65_HS1-834228961_62-HQ-83894_Section_6
Agency: FBI
Page 248
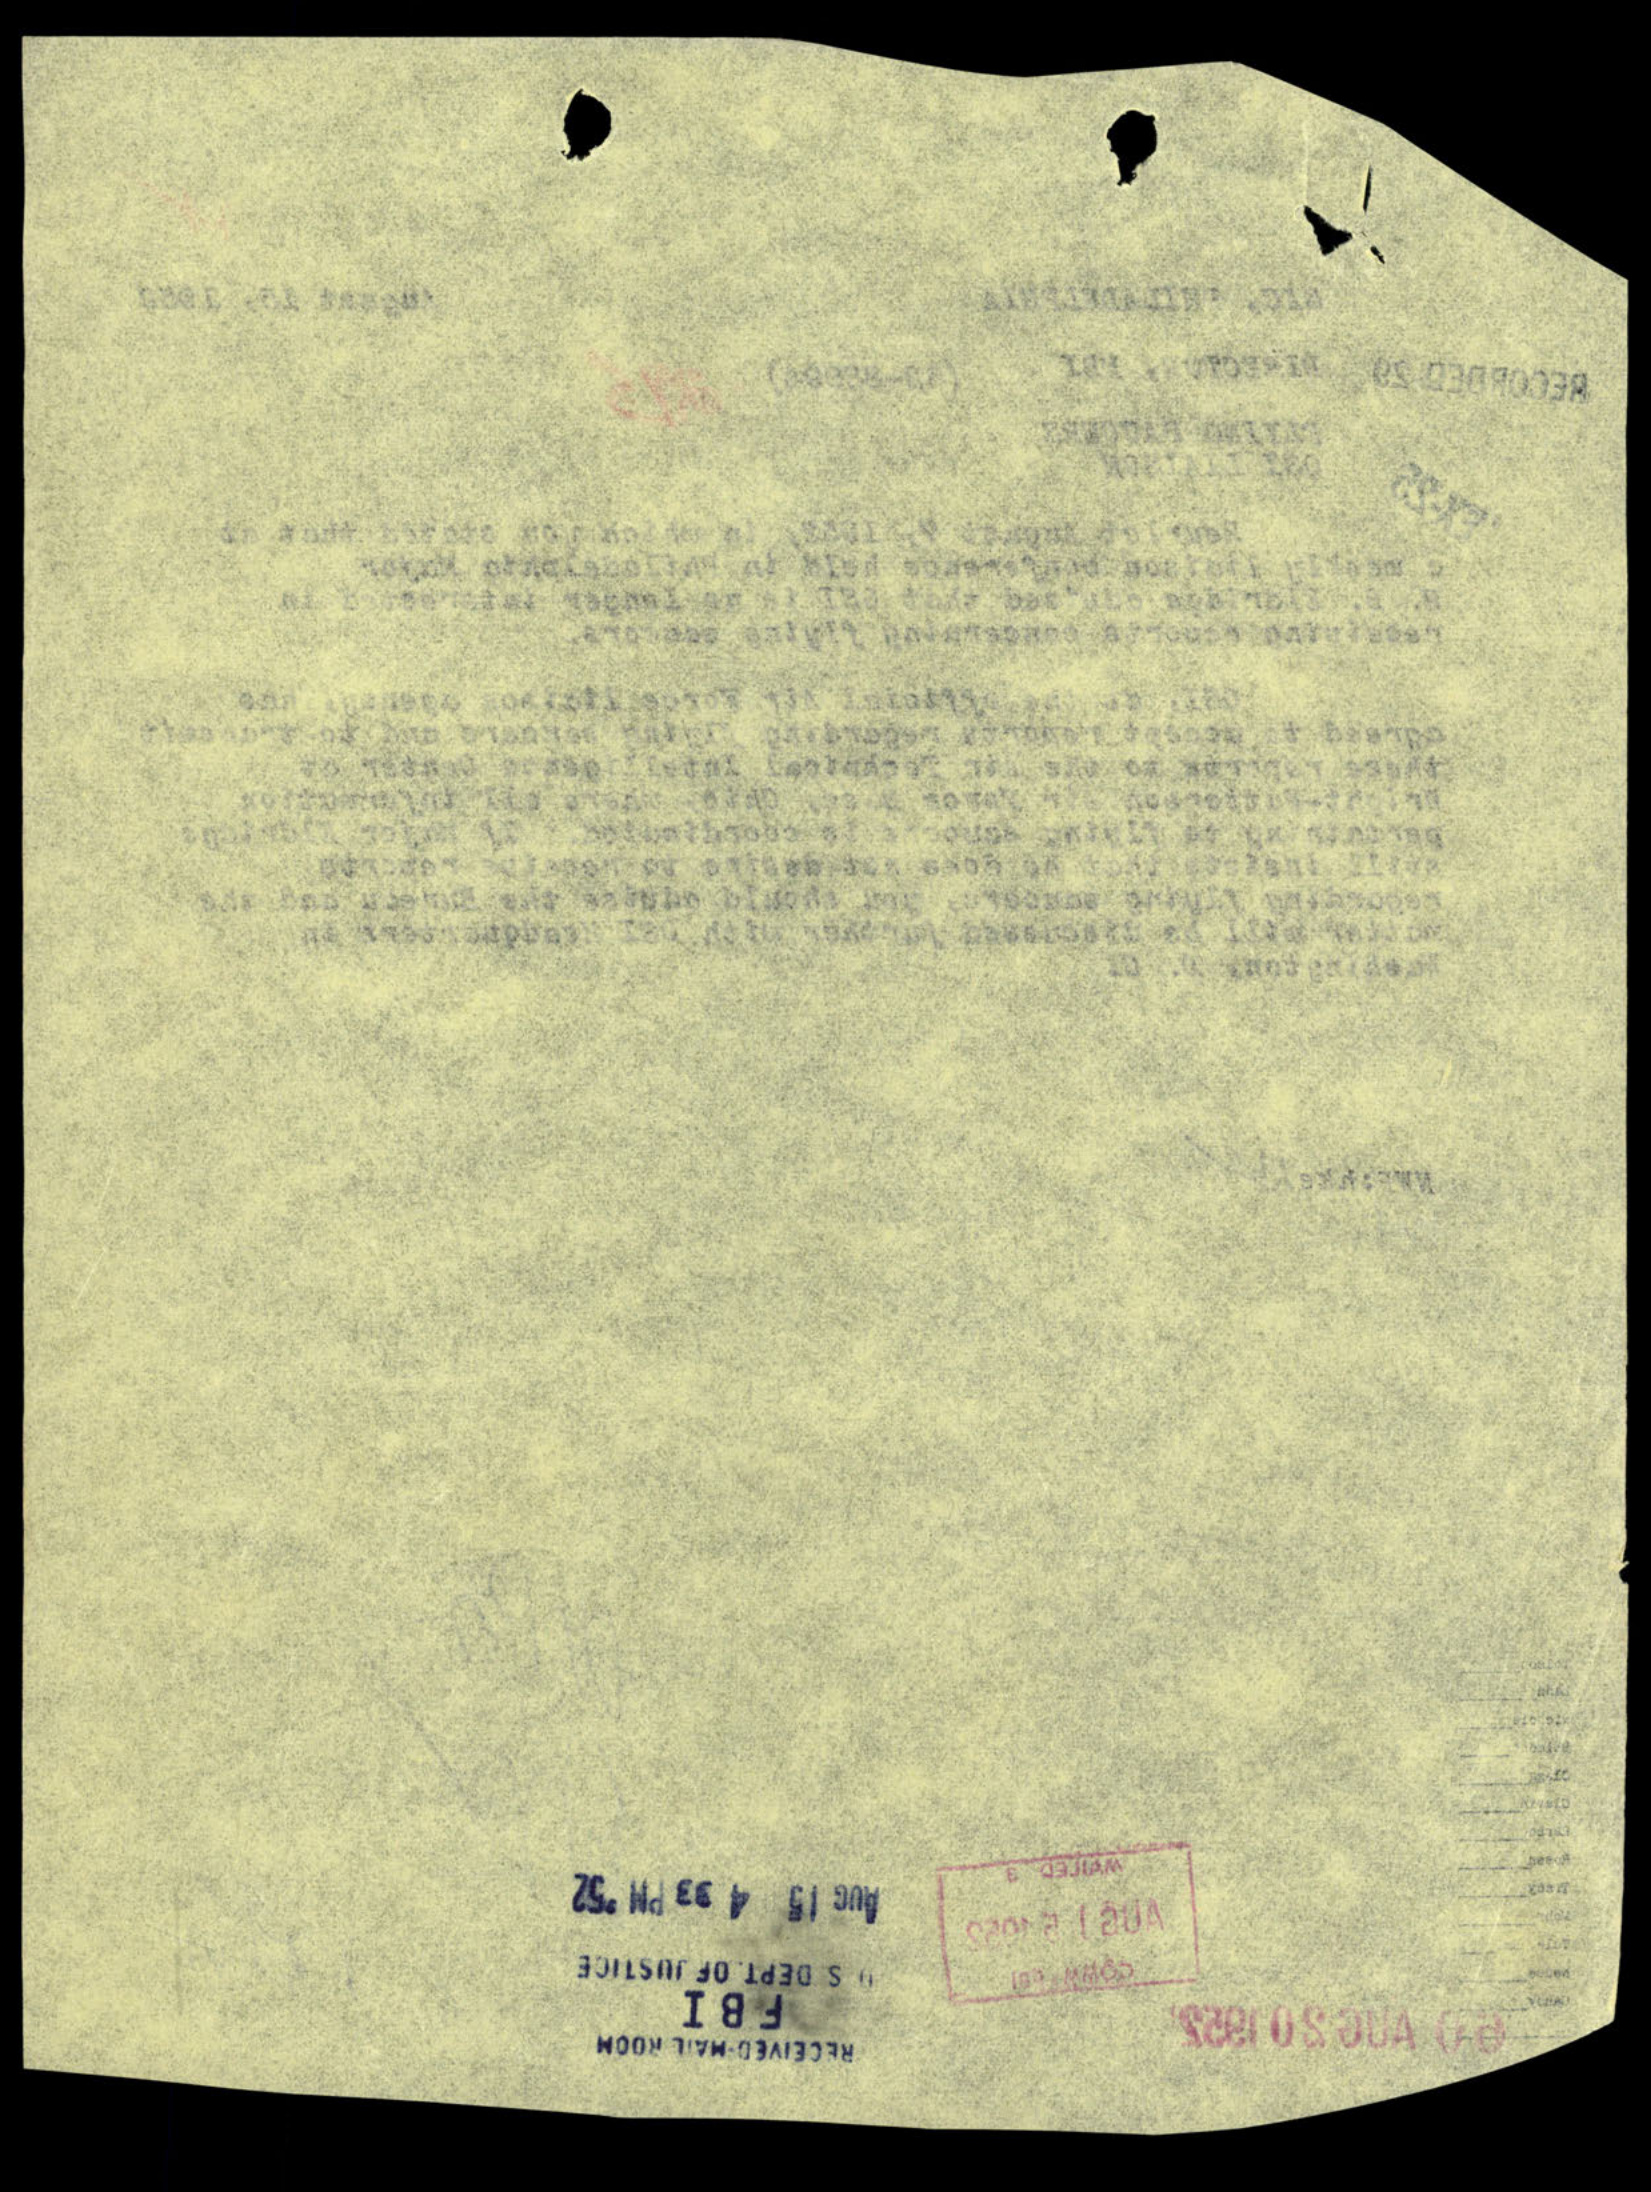